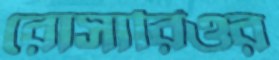
রোসারিওর